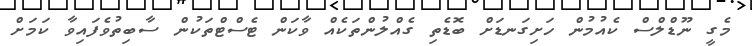
މެގީ ނޫޑްލްސް ކެއުމުން ހަށިގަނޑަށް ބޮޑެތި ގެއްލުންތަކެއް ވާކަން ޓެސްޓްތަކުން ސާބިތުވެފައިވާ ކަމަށް